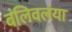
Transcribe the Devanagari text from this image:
बंलिवलंया